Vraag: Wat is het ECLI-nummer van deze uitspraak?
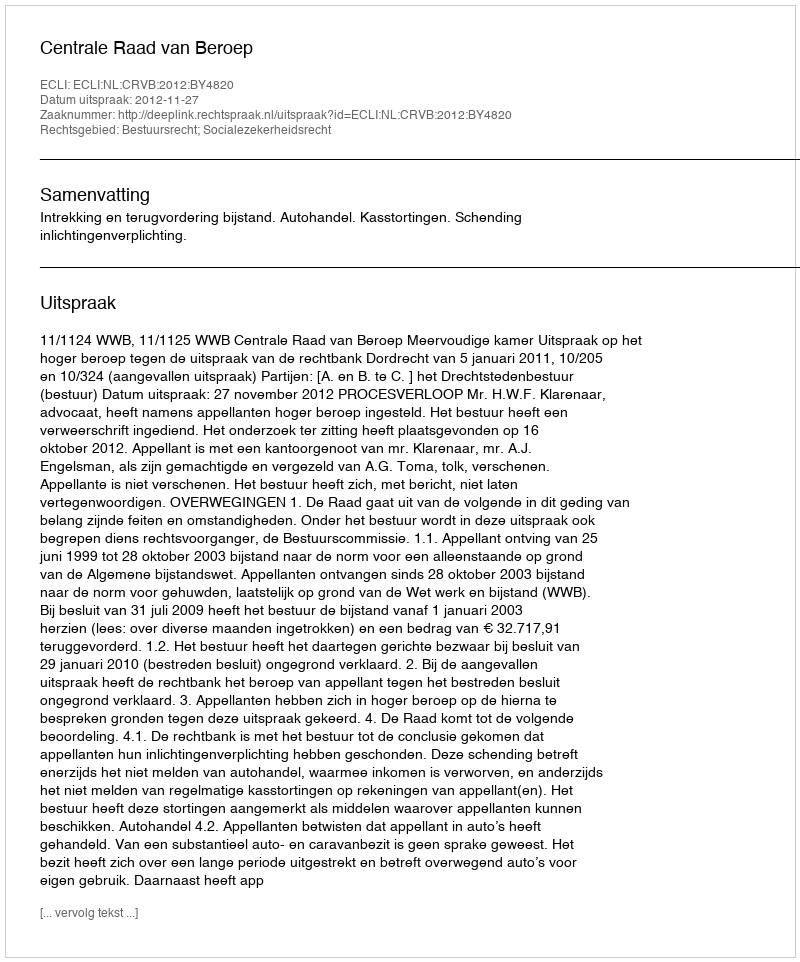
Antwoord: ECLI:NL:CRVB:2012:BY4820